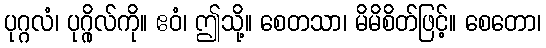
ပုဂ္ဂလံ၊ ပုဂ္ဂိုလ်ကို။ ဧဝံ၊ ဤသို့။ စေတသာ၊ မိမိစိတ်ဖြင့်။ စေတော၊